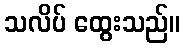
သလိပ် ထွေးသည်။